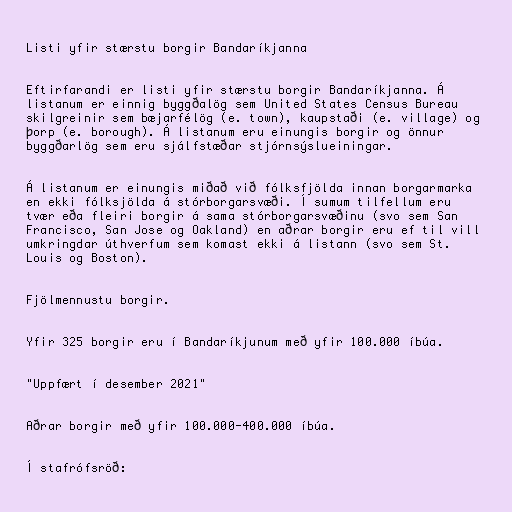
Listi yfir stærstu borgir Bandaríkjanna

Eftirfarandi er listi yfir stærstu borgir Bandaríkjanna. Á
listanum er einnig byggðalög sem United States Census Bureau
skilgreinir sem bæjarfélög (e. town), kaupstaði (e. village) og
þorp (e. borough). Á listanum eru einungis borgir og önnur
byggðarlög sem eru sjálfstæðar stjórnsýslueiningar.

Á listanum er einungis miðað við fólksfjölda innan borgarmarka
en ekki fólksjölda á stórborgarsvæði. Í sumum tilfellum eru
tvær eða fleiri borgir á sama stórborgarsvæðinu (svo sem San
Francisco, San Jose og Oakland) en aðrar borgir eru ef til vill
umkringdar úthverfum sem komast ekki á listann (svo sem St.
Louis og Boston).

Fjölmennustu borgir.

Yfir 325 borgir eru í Bandaríkjunum með yfir 100.000 íbúa.

"Uppfært í desember 2021"

Aðrar borgir með yfir 100.000-400.000 íbúa.

Í stafrófsröð: